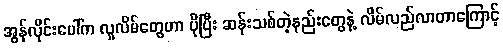
အွန်လိုင်းပေါ်က လူလိမ်တွေဟာ ပိုပြီး ဆန်းသစ်တဲ့နည်းတွေနဲ့ လိမ်လည်လာတာကြောင့်